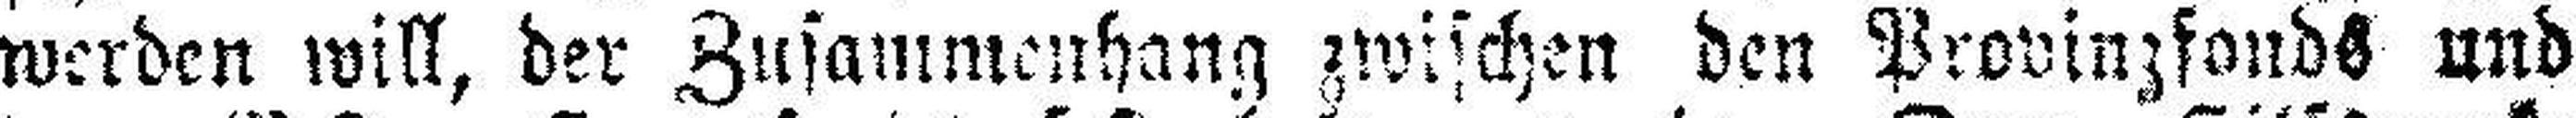
werden will, der Zusammenhang zwischen den Provinzfonds und